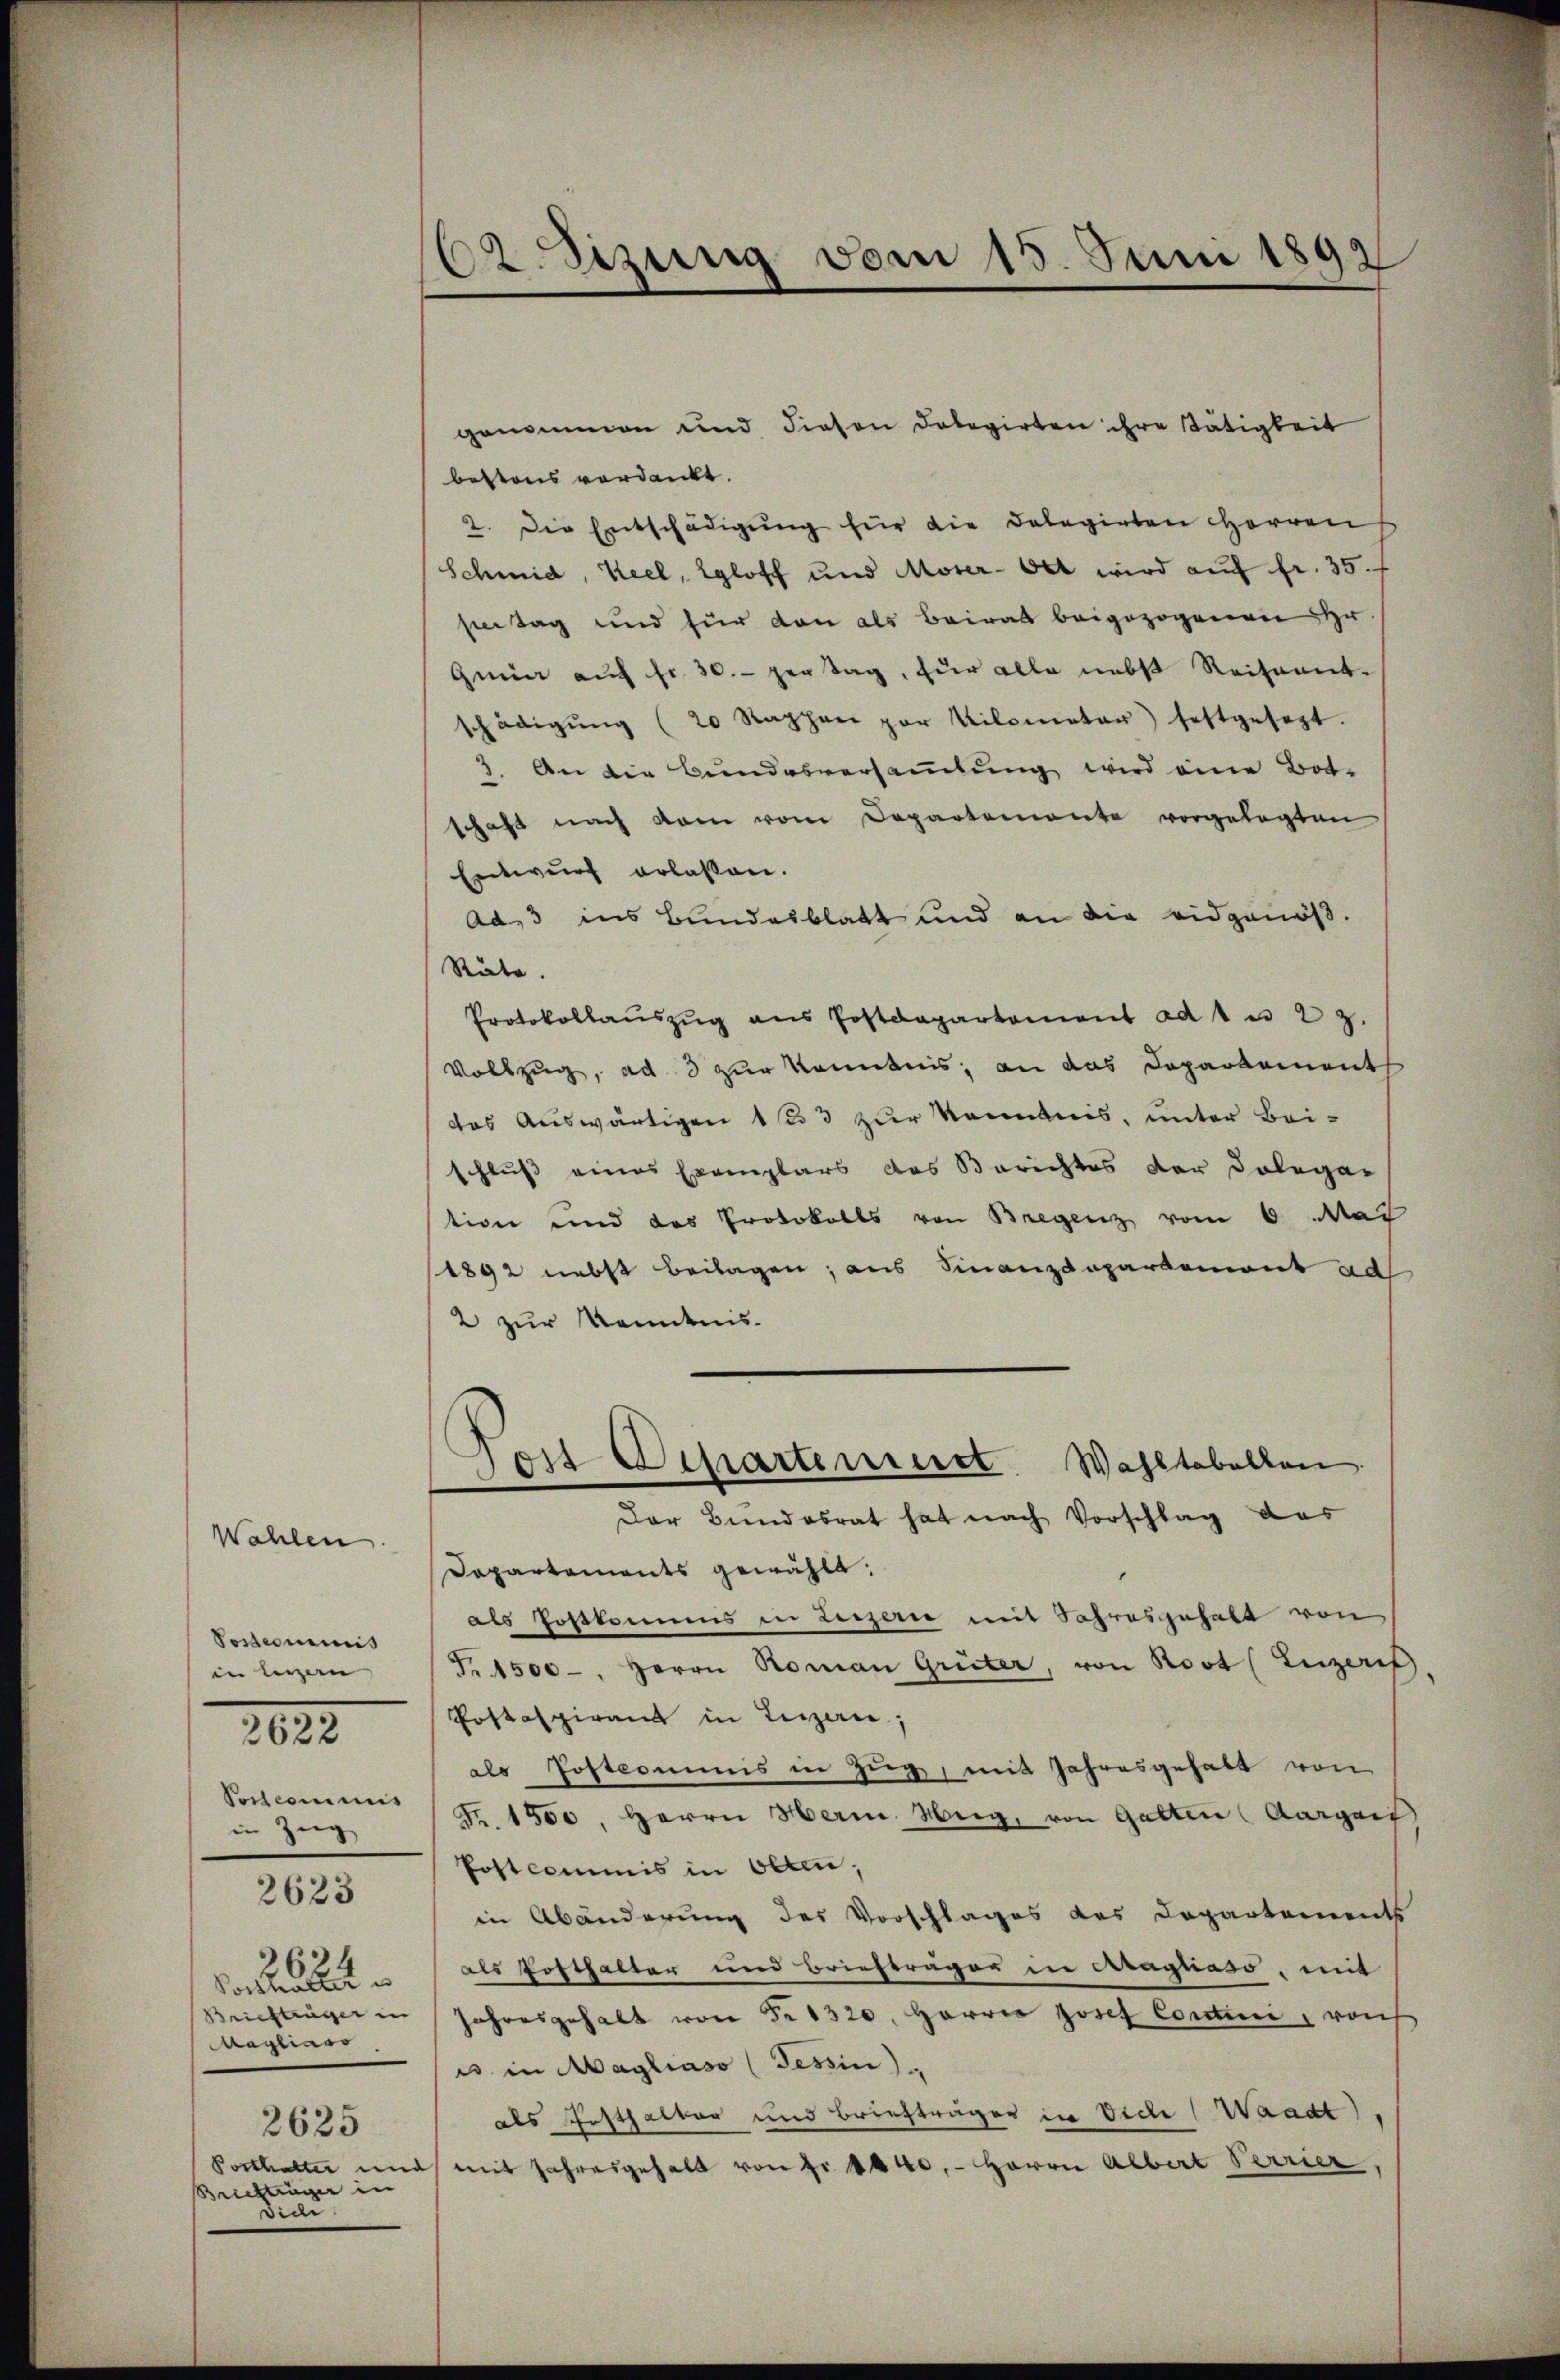
Wahlen.
Postermins
in letzern,
2822
in Zieg

2623

6
Magliaro.
2625
Posthalter in
Briefträger in
ede.

62. Sizung vom 15. Juni 1899
d

genommen und diesen Dobegirten ihre Stätigkeit
bestens verdankt.
2. Die Entschädigŭng für die Delegirten Herren
Schmid, Keel, Egloff und Moser-Oet wird auf fr. 35. f
seen Tag und für den als Beirat beigezogenen Hr.
Gmür auf fr. 30. per Tag, für alle nebst Reihnent-
schädigŭng (20 Raphan par Kilometer) festgesezt.
3. An die Bundesversammlung wird eine Bot.
schaft nach kam vom Departemonte vorgelegten
Entwurf erlaßen.
ad, 3 ins Bundesblatt und an die eidgenöß¬
Räte.
Protokollaŭszŭg ans Postdepartement ad 1 u 22.
Vollzug, ad 3 zur Kenntnis, an das Departement
das Auswärtigen 153 zur Kenntnis, unter Beischluß eines Exemplars das Berichtes der Dolegar
tion und das Protokolls von Bregenz vom 6. Mai
1892 nebst Beilagen, aus Finanzdepartemont ad
2 zur Kenntnis-
Der Bundesrat hat nach Vorschlag das
Dapartements gewählt:
als Postkommis in Luzern mit Jahresgehalt von
T. 1500-, Herrn Roman Grüter, von Rost (Luzeris.
Postaspirant in Leizerie,
als Postcommis in Zug, mit Jahresgehalt von
Pescommen (Fr. 1500. Herrn Herin Hug, von Gatten (Aargart
Postcommis in Olten,
in Abänderung des Vorschlages des Departements
Vorthalten als Posthalter und Briefträger in Cragliass, mit
Briefträger in Jahresgehalt von Fr. 1320, Harrer Josef Contini, rauh
e in Magliaso (Tessin
als Posthalter und Briefträger in Vice (Waadt,
d mit Jahresgehalt von Fr. 1440. - Herrn Albert Verrier,

Post Separtenweist Wahltabellen.